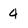
Character: 4